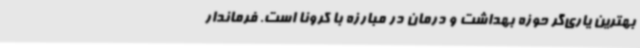
بهترین یاری‌گر حوزه بهداشت و درمان در مبارزه با کرونا است. فرماندار